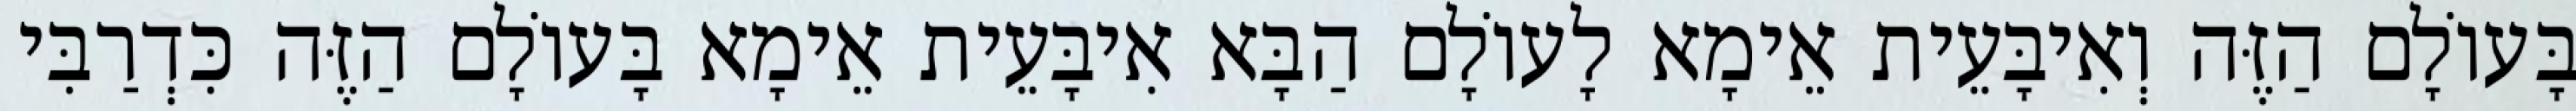
בָּעוֹלָם הַזֶּה וְאִיבָּעֵית אֵימָא לָעוֹלָם הַבָּא אִיבָּעֵית אֵימָא בָּעוֹלָם הַזֶּה כִּדְרַבִּי